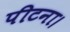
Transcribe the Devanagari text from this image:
पीटना।